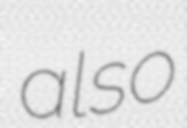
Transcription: also